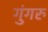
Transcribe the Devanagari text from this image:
गुंगरु